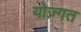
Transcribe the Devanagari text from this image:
योज़्गत